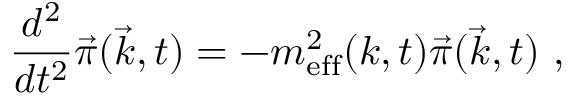
\frac { d ^ { 2 } } { d t ^ { 2 } } \vec { \pi } ( \vec { k } , t ) = - m _ { \mathrm { e f f } } ^ { 2 } ( k , t ) \vec { \pi } ( \vec { k } , t ) \ ,